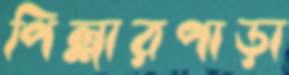
পিল্লারপাড়া